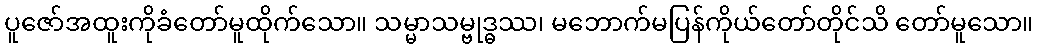
ပူဇော်အထူးကိုခံတော်မူထိုက်သော။ သမ္မာသမ္ဗုဒ္ဓဿ၊ မဘောက်မပြန်ကိုယ်တော်တိုင်သိ တော်မူသော။